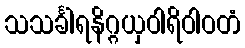
သသင်္ခါရနိဂ္ဂယှဝါရိဝါဝတံ